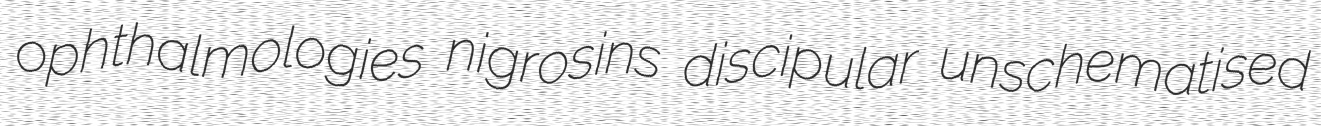
ophthalmologies nigrosins discipular unschematised